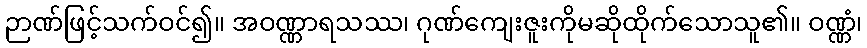
ဉာဏ်ဖြင့်သက်ဝင်၍။ အဝဏ္ဏာရသဿ၊ ဂုဏ်ကျေးဇူးကိုမဆိုထိုက်သောသူ၏။ ဝဏ္ဏံ၊